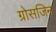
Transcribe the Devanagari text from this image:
ग्रोसजिन